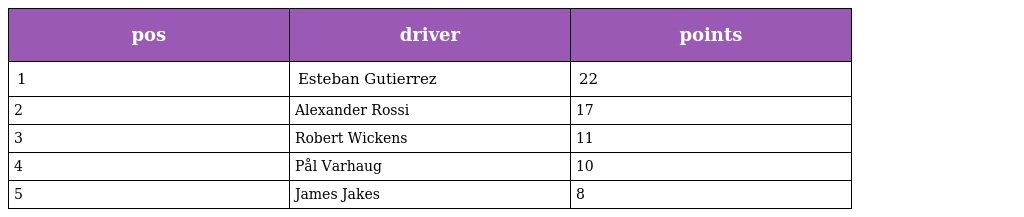
| pos | driver | points |
 | --- | --- | --- |
 | 1 | Esteban Gutierrez | 22 |
 | 2 | Alexander Rossi | 17 |
 | 3 | Robert Wickens | 11 |
 | 4 | Pål Varhaug | 10 |
 | 5 | James Jakes | 8 |